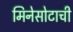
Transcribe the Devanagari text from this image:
मिनेसोटाची